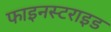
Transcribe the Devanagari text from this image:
फाइनस्टराइड